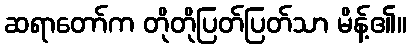
ဆရာတော်က တိုတိုပြတ်ပြတ်သာ မိန့်၏။